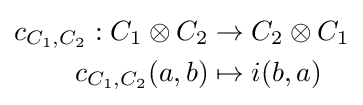
{\begin{aligned}c_{C_{1},C_{2}}:C_{1}\otimes C_{2}&\to C_{2}\otimes C_{1}\\c_{C_{1},C_{2}}(a,b)&\mapsto i(b,a)\end{aligned}}